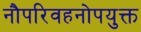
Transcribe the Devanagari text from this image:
नौपरिवहनोपयुक्त